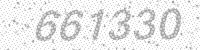
Solution: 661330